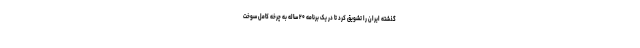
گذشته ایران را تشویق کرد تا در یک برنامه ۲۰ ساله به چرخه کامل سوخت